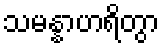
သမန္နာဟရိတွာ